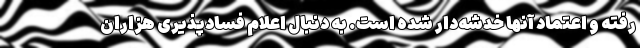
رفته و اعتماد آنها خدشه‌دار شده است. به دنبال اعلام فسادپذیری هزاران